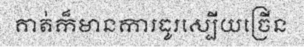
គាត់ក៏មានការធូរស្បើយច្រើន